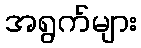
အရွက်များ